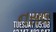
નસલ